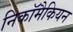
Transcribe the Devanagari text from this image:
निकॉमैकियन